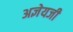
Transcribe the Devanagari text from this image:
अज्ञेयजी